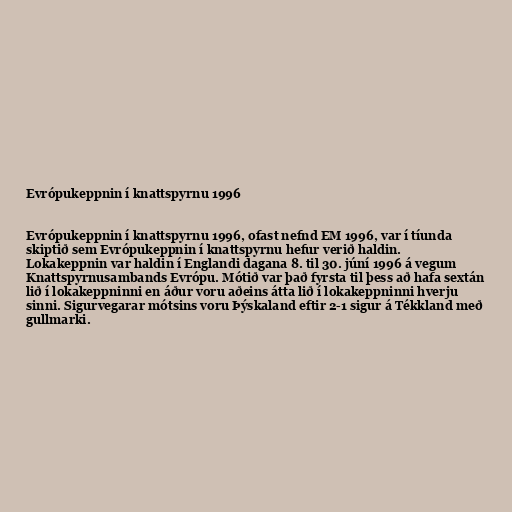
Evrópukeppnin í knattspyrnu 1996

Evrópukeppnin í knattspyrnu 1996, ofast nefnd EM 1996, var í tíunda
skiptið sem Evrópukeppnin í knattspyrnu hefur verið haldin.
Lokakeppnin var haldin í Englandi dagana 8. til 30. júní 1996 á vegum
Knattspyrnusambands Evrópu. Mótið var það fyrsta til þess að hafa sextán
lið í lokakeppninni en áður voru aðeins átta lið í lokakeppninni hverju
sinni. Sigurvegarar mótsins voru Þýskaland eftir 2-1 sigur á Tékkland með
gullmarki.